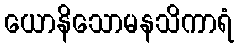
ယောနိသောမနသိကာရံ